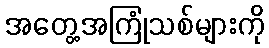
အတွေ့အကြုံသစ်များကို